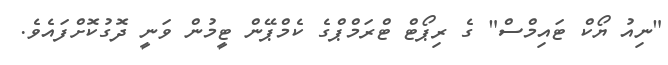
"ނިއު ޔޯކް ޓައިމްސް" ގެ ރިޕޯޓް ޓްރަމްޕްގެ ކެމްޕޭން ޓީމުން ވަނީ ދޮގުކޮށްފައެވެ.